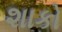
શાકો